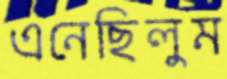
এনেছিলুম